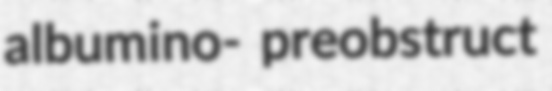
albumino- preobstruct